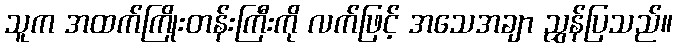
သူက အထက်ကြိုးတန်းကြီးကို လက်ဖြင့် အသေအချာ ညွှန်ပြသည်။